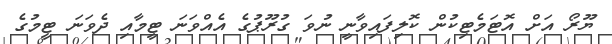
ޔޫރޯ އަށް އޮޓަމެޓިކުން ކޮލިފައިވާނީ ނުވަ ގުރޫޕުގެ އެއްވަނަ ޓީމާއި ދެވަނަ ޓީމުގެ